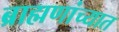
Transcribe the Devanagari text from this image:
ब्राह्मणांच्यात